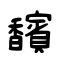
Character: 馪